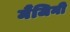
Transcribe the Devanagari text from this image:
मैंजिनी